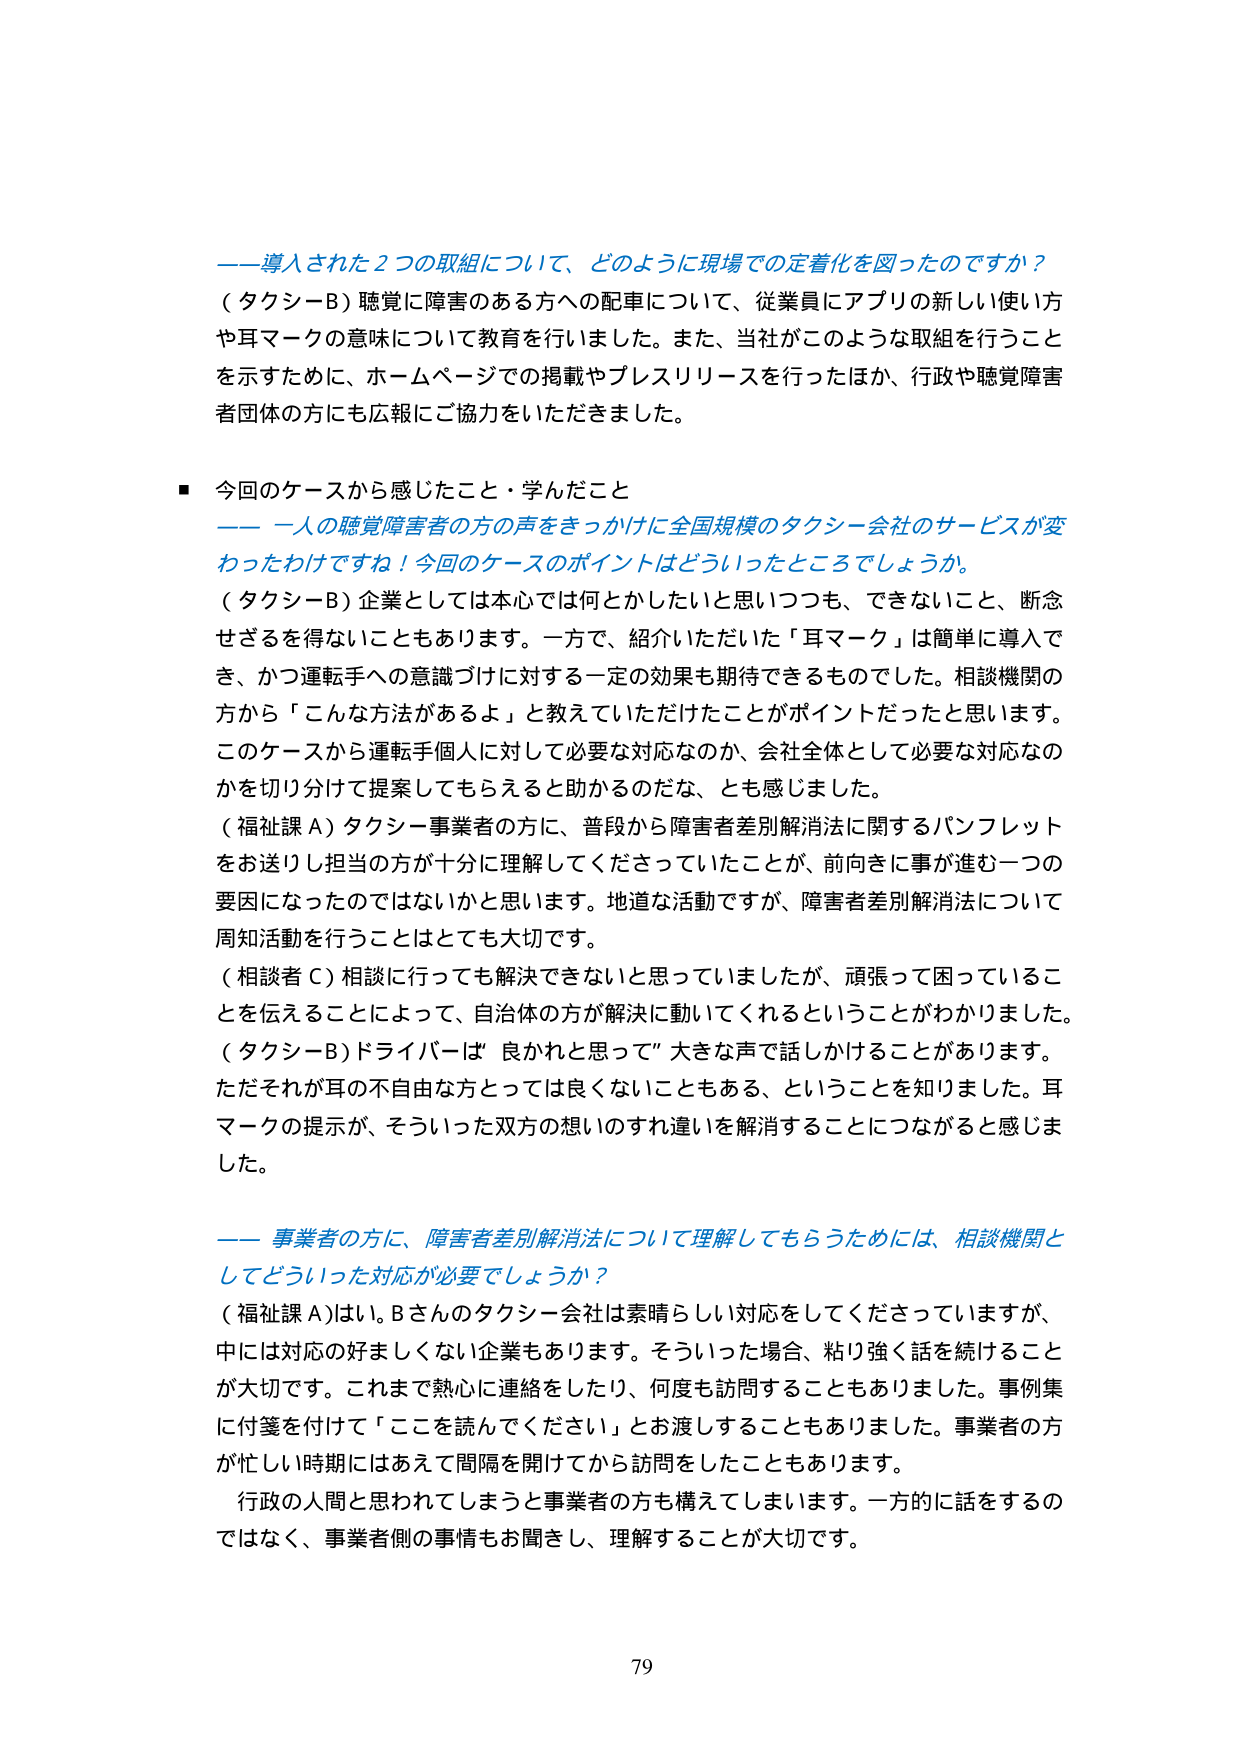
――導入された２つの取組について、どのように現場での定着化を図ったのですか？
（タクシーB）聴覚に障害のある方への配車について、従業員にアプリの新しい使い方や耳マークの意味について教育を行いました。また、当社がこのような取組を行うことを示すために、ホームページでの掲載やプレスリリースを行ったほか、行政や聴覚障害者団体の方にも広報にご協力をいただきました。

■ 今回のケースから感じたこと・学んだこと
――一人の聴覚障害者の方の声をきっかけに全国規模のタクシー会社のサービスが変わったわけですね！今回のケースのポイントはどういったところでしょうか。
（タクシーB）企業としては本心では何とかしたいと思いつつも、できないこと、断念せざるを得ないこともあります。一方で、紹介いただいた「耳マーク」は簡単に導入でき、かつ運転手への意識づけに対する一定の効果も期待できるものでした。相談機関の方から「こんな方法があるよ」と教えていただけたことがポイントだったと思います。このケースから運転手個人に対して必要な対応なのか、会社全体として必要な対応なのかを切り分けて提案してもらえると助かるのだな、とも感じました。
（福祉課A）タクシー事業者の方に、普段から障害者差別解消法に関するパンフレットをお送りし担当の方が十分に理解してくださっていたことが、前向きに事が進む一つの要因になったのではないでしょうかと思います。地道な活動ですが、障害者差別解消法について周知活動を行うことはとても大切です。
（相談者C）相談に行っても解決できないと思っていましたが、頑張って困っていることを伝えることによって、自治体の方が解決に動いてくれるということがわかりました。
（タクシーB）ドライバーは「良かれと思って」大きな声で話しかけることがあります。ただそれが耳の不自由な方にとっては良くないこともある、ということを知りました。耳マークの提示が、そういった双方の想いのすれ違いを解消することにつながると感じました。

――事業者の方に、障害者差別解消法について理解してもらうためには、相談機関としてどういった対応が必要でしょうか？
（福祉課A）はい。Bさんのタクシー会社は素晴らしい対応をしてくださっていますが、中には対応の好ましくない企業もあります。そういった場合、粘り強く話を続けることが大切です。これまで熱心に連絡をしたり、何度も訪問することもありました。事例集に付箋を付けて「ここを読んでください」とお渡しすることもありました。事業者の方が忙しい時期にはあえて間隔を開けてから訪問をしたこともあります。
行政の人間と思われてしまうと事業者の方も構えてしまいます。一方的に話をするのではなく、事業者側の事情もお聞きし、理解することが大切です。

79